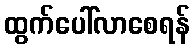
ထွက်ပေါ်လာစေရန်